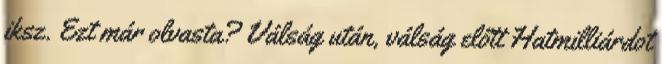
iksz. Ezt már olvasta? Válság után, válság előtt Hatmilliárdot